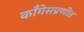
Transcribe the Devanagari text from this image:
काँगेसप्रणीत